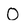
Character: 0